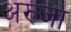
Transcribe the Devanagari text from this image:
अरुजा